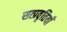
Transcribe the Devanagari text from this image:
सत्प्रवृत्तियाँ